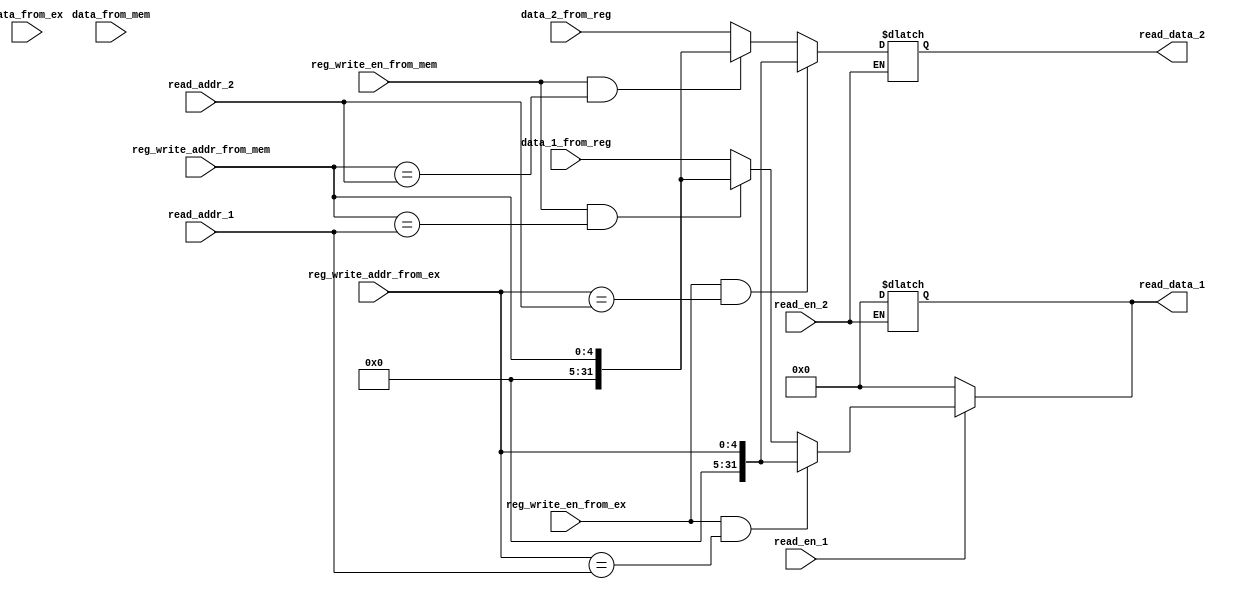
`timescale 1ns / 1ps

module RegReadProxy(
    //ID
    input read_en_1,
    input read_en_2,
    input [4:0] read_addr_1,
    input [4:0] read_addr_2,
    //EX
    input [31:0] data_from_ex,
    input reg_write_en_from_ex,
    input [4:0] reg_write_addr_from_ex,
    //MEM
    input [31:0] data_from_mem,
    input reg_write_en_from_mem,
    input [4:0] reg_write_addr_from_mem,
    //RegFileread_data
    input [31:0] data_1_from_reg,
    input [31:0] data_2_from_reg,
    //ID read_data_1  read_data_2
    output reg[31:0] read_data_1,
    output reg[31:0] read_data_2
    );
    always@(*)begin
        if(read_en_1) begin
            if(reg_write_en_from_ex&&(reg_write_addr_from_ex==read_addr_1))
                read_data_1<=reg_write_addr_from_ex;
            else if(reg_write_en_from_mem&&(reg_write_addr_from_mem==read_addr_1))
                read_data_1<=reg_write_addr_from_mem;
            else
                read_data_1<=data_1_from_reg;
        end
        else
            read_data_1<=32'h0;
    end
    always@(*)begin
        if(read_en_2) begin
            if(reg_write_en_from_ex&&(reg_write_addr_from_ex==read_addr_2))
                read_data_2<=reg_write_addr_from_ex;
            else if(reg_write_en_from_mem&&(reg_write_addr_from_mem==read_addr_2))
                read_data_2<=reg_write_addr_from_mem;
            else
                read_data_2<=data_2_from_reg;
        end
        else
            read_data_1<=32'h0;
    end
endmodule